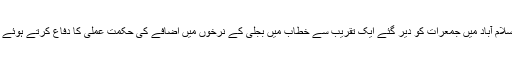
وفاقی وزیرِ اطلاعات و نشریات پرویز رشید نے اسلام آباد میں جمعرات کو دیر گئے ایک تقریب سے خطاب میں بجلی کے نرخوں میں اضافے کی حکمت عملی کا دفاع کرتے ہوئے کہا کہ عوام کو ’’یہ کڑوی گولی‘‘ کھانا پڑے گی۔